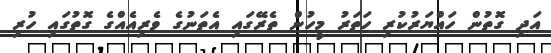
އަދި ގޮތުން ހައްޔަރުކުރި ހަތަރު މީހުން ތެރޭގައި އެތަނުގެ ވެރިއެއްގެ ގޮތުގައި ހުރި